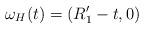
LaTeX: \begin{align*}\omega_H(t) = (R_1'-t,0)\end{align*}